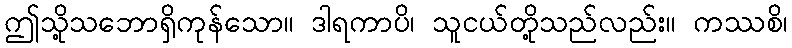
ဤသို့သဘောရှိကုန်သော။ ဒါရကာပိ၊ သူငယ်တို့သည်လည်း။ ကဿစိ၊